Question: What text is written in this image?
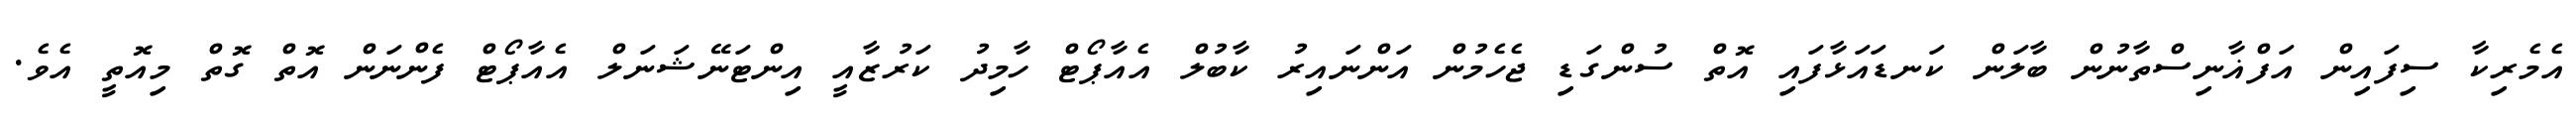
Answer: އެމެރިކާ ސިފައިން އަފްޣާނިސްތާނުން ބާލަން ކަނޑައަޅާފައި އޮތް ސުންގަޑި ޖެހެމުން އަންނައިރު ކާބުލް އެއާޕޯޓް ހާމިދު ކަރުޒާއީ އިންޓަނޭޝަނަލް އެއާޕޯޓް ފެންނަން އޮތް ގޮތް މިއޮތީ އެވެ.